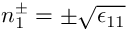
n _ { 1 } ^ { \pm } = \pm \sqrt { \epsilon _ { 1 1 } }